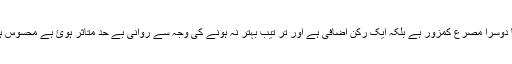
مطلع کا دوسرا مصرع کمزور ہے بلکہ ایک رکن اضافی ہے اور تر تیب بہتر نہ ہونے کی وجہ سے روانی بے حد متاثر ہوئ ہے محسوس ہوتا ہے۔